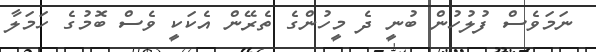
ނަމަވެސް ފުލުުހުން ބުނީ ދެ މީހުންގެ ތެރޭން އެކަަކީ ވެސް ބޮމުގެ ހަމަލާ